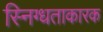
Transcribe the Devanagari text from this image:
स्निग्धताकारक